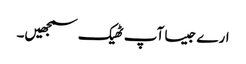
ارے جیسا آپ ٹھیک سمجھیں۔